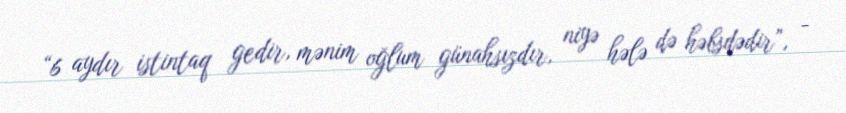
“6 aydır istintaq gedir, mənim oğlum günahsızdır, niyə hələ də həbsdədir”, -